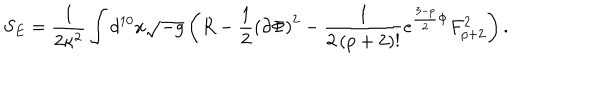
LaTeX: S _ { E } = \frac { 1 } { 2 \kappa ^ { 2 } } \int d ^ { 1 0 } x \sqrt { - g } \left( R - \frac { 1 } { 2 } \left( \partial \Phi \right) ^ { 2 } - \frac { 1 } { 2 \left( p + 2 \right) ! } e ^ { \frac { 3 - p } { 2 } \Phi } F _ { p + 2 } ^ { 2 } \right) .